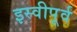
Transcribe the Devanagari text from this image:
इस्वीपूर्व